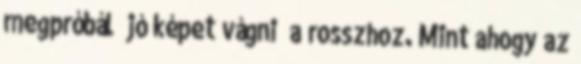
megpróbál „jó képet vágni” a rosszhoz. Mint ahogy az